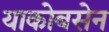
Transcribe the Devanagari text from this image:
याकोबसेन